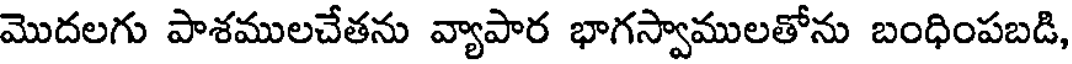
మొదలగు పాశములచేతను వ్యాపార భాగస్వాములతోను బంధింపబడి,